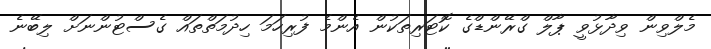
މެލްވިން ވިދާޅުވީ ޕާލް ގްރޭންޑްގެ ކޮޓަރިތަކުން އެންމެ ފުރިހަމަ ހިދުމަތްތައް ގެސްޓުންނަށް ލިބޭނެ